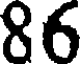
86